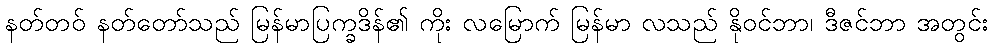
နတ်တဝ် နတ်တော်သည် မြန်မာပြက္ခဒိန်၏ ကိုး လမြောက် မြန်မာ လသည် နိုဝင်ဘာ၊ ဒီဇင်ဘာ အတွင်း